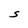
Character: S